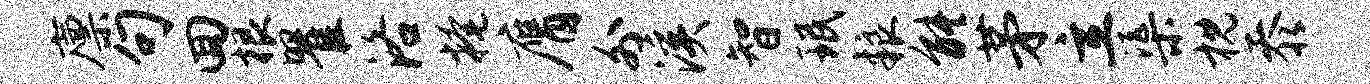
廪句回根瞿洛掩膺外溪智珉粮能茅立渠枕忝